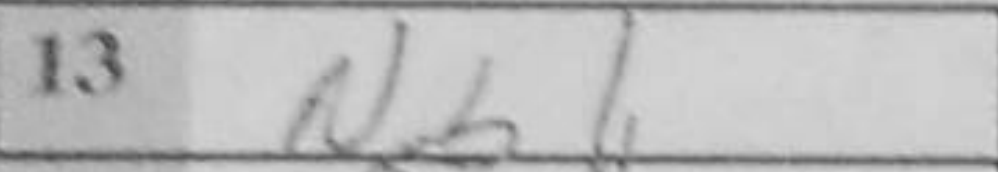
Transcription: Nb1